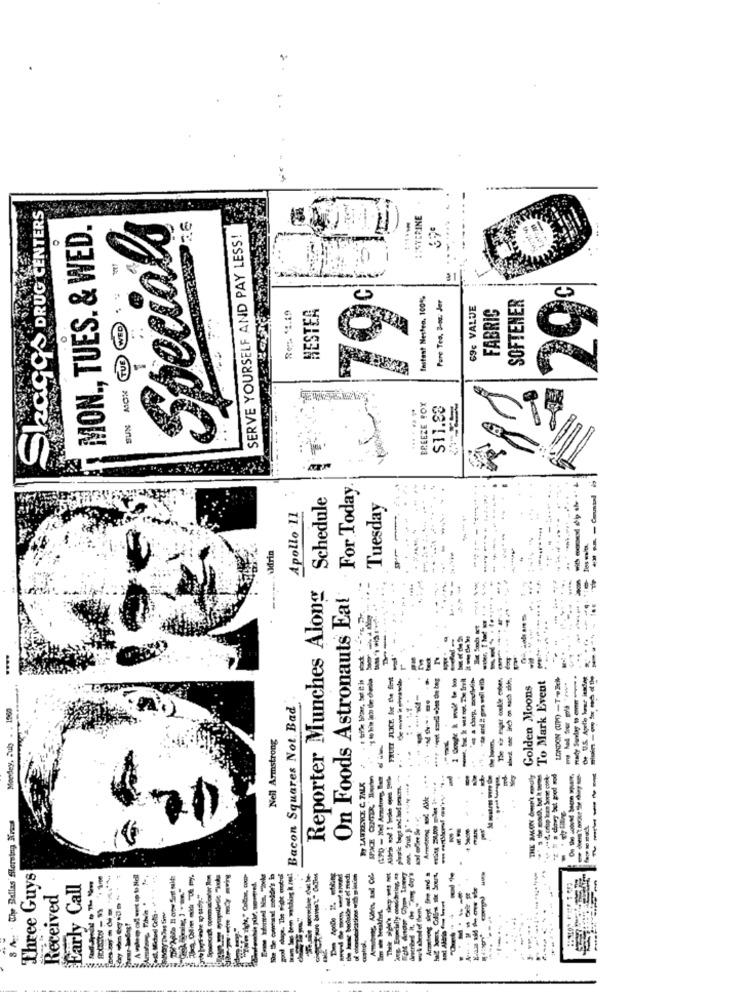
SkaGG's DRUG CENTERS
Specials
ISTERINE
MON ., TUES. & WED.
--
SERVE YOURSELF AND PAY LESS!
10
79c
Instant Nesten, 100%
Pure Tea. 3-os. Jer
SOFTENER
29%
Ret. 51.19
NESTEA
69€ VALUE
FABRIC
TUE
BREEZE FOX
S11.83
SUN
--
For Today
Reporter Munches Along Schedule
------
Apollo 11
Tuesday
..
4
On Foods Astronauts Eal
.... .
...
FRUIT JUICE for the fint
.
-----
LONDON (UP) -T-BEN
the U.S. Apell homme insdos
Golden Moons
To Mark Event
Bacon Squares Not Bad
Monday, July . . 1260
Neil Armstrong
------
Armstrong 2 43dc .**
THE MMON Our't endly
-----
-----
By LAWRENCE C. FALK
---
The Dallas filersing Krass
Three Guys
-----
Arzolong Siegt fire and
Received
Early Call
--
8 A